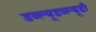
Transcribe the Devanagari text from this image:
डब्ल्यूडब्ल्यूडी